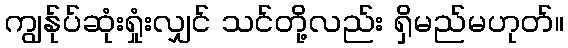
ကျွန်ုပ်ဆုံးရှုံးလျှင် သင်တို့လည်း ရှိမည်မဟုတ်။